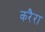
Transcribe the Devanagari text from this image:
करैरा